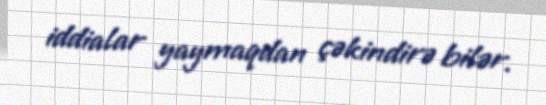
iddialar yaymaqdan çəkindirə bilər.